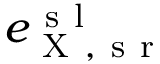
e _ { \mathrm { ~ X ~ , ~ s ~ r ~ } } ^ { \mathrm { ~ s ~ l ~ } }